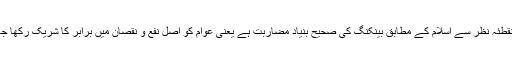
اس نقطئہ نظر سے اسلام کے مطابق بینکنگ کی صحیح بنیاد مضاربت ہے یعنی عوام کو اصل نفع و نقصان میں برابر کا شریک رکھا جائے۔